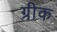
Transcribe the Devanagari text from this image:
ग्री़क